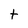
Character: t